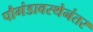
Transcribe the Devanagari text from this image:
पौगंडावस्थेनंतर